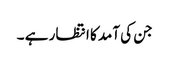
جن کی آمد کا انتظار ہے ۔